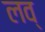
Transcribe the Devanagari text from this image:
लव्